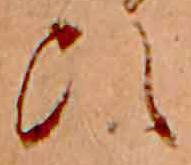
ひ